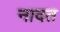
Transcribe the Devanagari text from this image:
नादत